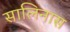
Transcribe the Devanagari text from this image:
सालिनास